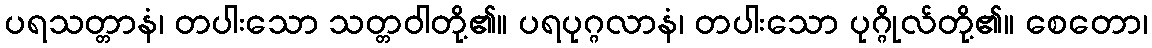
ပရသတ္တာနံ၊ တပါးသော သတ္တဝါတို့၏။ ပရပုဂ္ဂလာနံ၊ တပါးသော ပုဂ္ဂိုလ်တို့၏။ စေတော၊